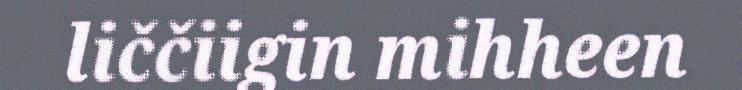
liččiigin mihheen